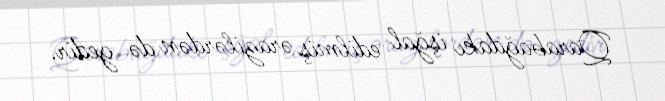
Qarabağdakı işğal edilmiş ərazilərdən də gedir.